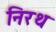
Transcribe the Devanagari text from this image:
निरथ